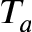
T _ { a }